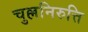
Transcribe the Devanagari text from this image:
चुल्लनिरुत्ति